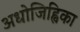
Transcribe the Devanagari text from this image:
अधोजिह्विका